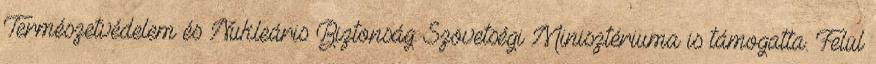
Természetvédelem és Nukleáris Biztonság Szövetségi Minisztériuma is támogatta. Felül